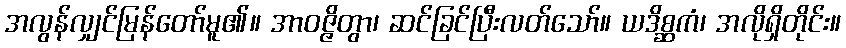
အလွန်လျှင်မြန်တော်မူ၏။ အာဝဇ္ဇိတွာ၊ ဆင်ခြင်ပြီးလတ်သော်။ ယဒိစ္ဆကံ၊ အလိုရှိတိုင်း။